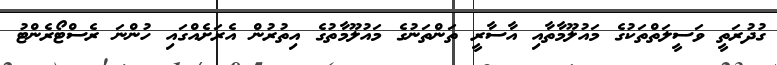
ގުދުރަތީ ވަސީލަތްތަކުގެ މައުލޫމާތާއި އާސާރީ ތަންތަނުގެ މައުލޫމާތުގެ އިތުރުން އެރަށެއްގައި ހުންނަ ރެސްޓޯރެންޓު